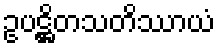
ဥပဋ္ဌိတသတိဿာယံ